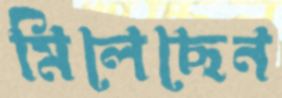
মিলেছেন